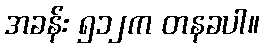
အခန်း ၅၁၂က တနခပါ။